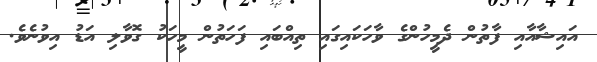
އައިޝާއާއި ފާތުން ދެމީހުންގެ ވާހަކައިގައި ތިއްބައި ފަހަތުން މީހަކު ގޮވާލި އަޑު އިވުނެވެ.